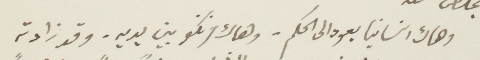
وهاك انسانيا يعود الى الحكم - وهاك فرنكو بين يديه - وقد زادته